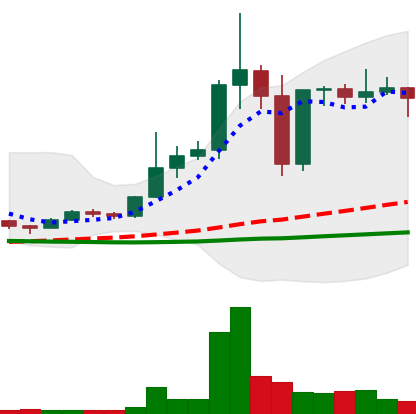
Ticker: DOGE-USD
Chart end date: 2020-12-29
Forward return: 117.811%
Label: up_7plus